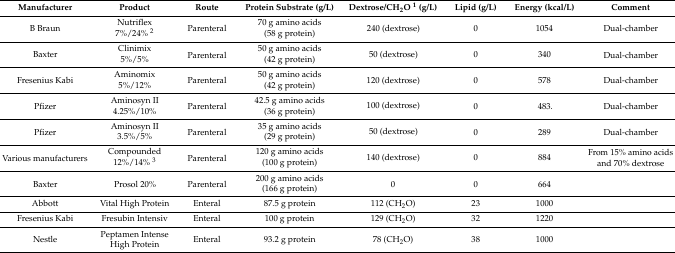
<table><thead><tr><td><b>Manufacturer</b></td><td><b>Product</b></td><td><b>Route</b></td><td><b>Protein Substrate (g/L)</b></td><td><b>Dextrose/CH<sub>2</sub>O <sup>1</sup> (g/L)</b></td><td><b>Lipid (g/L)</b></td><td><b>Energy (kcal/L)</b></td><td><b>Comment</b></td></tr></thead><tbody><tr><td rowspan="2">B Braun</td><td>Nutriflex</td><td rowspan="2">Parenteral</td><td>70 g amino acids</td><td rowspan="2">240 (dextrose)</td><td rowspan="2">0</td><td rowspan="2">1054</td><td rowspan="2">Dual-chamber</td></tr><tr><td>7%/24% <sup>2</sup></td><td>(58 g protein)</td></tr><tr><td rowspan="2">Baxter</td><td>Clinimix</td><td rowspan="2">Parenteral</td><td>50 g amino acids</td><td rowspan="2">50 (dextrose)</td><td rowspan="2">0</td><td rowspan="2">340</td><td rowspan="2">Dual-chamber</td></tr><tr><td>5%/5%</td><td>(42 g protein)</td></tr><tr><td rowspan="2">Fresenius Kabi</td><td>Aminomix</td><td rowspan="2">Parenteral</td><td>50 g amino acids</td><td rowspan="2">120 (dextrose)</td><td rowspan="2">0</td><td rowspan="2">578</td><td rowspan="2">Dual-chamber</td></tr><tr><td>5%/12%</td><td>(42 g protein)</td></tr><tr><td rowspan="2">Pfizer</td><td>Aminosyn II</td><td rowspan="2">Parenteral</td><td>42.5 g amino acids</td><td rowspan="2">100 (dextrose)</td><td rowspan="2">0</td><td rowspan="2">483.</td><td rowspan="2">Dual-chamber</td></tr><tr><td>4.25%/10%</td><td>(36 g protein)</td></tr><tr><td rowspan="2">Pfizer</td><td>Aminosyn II</td><td rowspan="2">Parenteral</td><td>35 g amino acids</td><td rowspan="2">50 (dextrose)</td><td rowspan="2">0</td><td rowspan="2">289</td><td rowspan="2">Dual-chamber</td></tr><tr><td>3.5%/5%</td><td>(29 g protein)</td></tr><tr><td rowspan="2">Various manufacturers</td><td>Compounded</td><td rowspan="2">Parenteral</td><td>120 g amino acids</td><td rowspan="2">140 (dextrose)</td><td rowspan="2">0</td><td rowspan="2">884</td><td rowspan="2">From 15% amino acids and 70% dextrose</td></tr><tr><td>12%/14% <sup>3</sup></td><td>(100 g protein)</td></tr><tr><td rowspan="2">Baxter</td><td rowspan="2">Prosol 20%</td><td rowspan="2">Parenteral</td><td>200 g amino acids</td><td rowspan="2">0</td><td rowspan="2">0</td><td rowspan="2">664</td><td rowspan="2"></td></tr><tr><td>(166 g protein)</td></tr><tr><td>Abbott</td><td>Vital High Protein</td><td>Enteral</td><td>87.5 g protein</td><td>112 (CH<sub>2</sub>O)</td><td>23</td><td>1000</td><td></td></tr><tr><td>Fresenius Kabi</td><td>Fresubin Intensiv</td><td>Enteral</td><td>100 g protein</td><td>129 (CH<sub>2</sub>O)</td><td>32</td><td>1220</td><td></td></tr><tr><td>Nestle</td><td>Peptamen Intense High Protein</td><td>Enteral</td><td>93.2 g protein</td><td>78 (CH<sub>2</sub>O)</td><td>38</td><td>1000</td><td></td></tr></tbody></table>